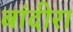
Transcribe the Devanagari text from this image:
बांदीरा